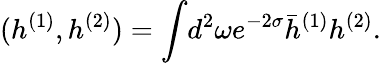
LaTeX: (h^{(1)},h^{(2)})=\int\! d^{2}\omega e^{-2\sigma}\bar{h}^{(1)}h^{(2)}.